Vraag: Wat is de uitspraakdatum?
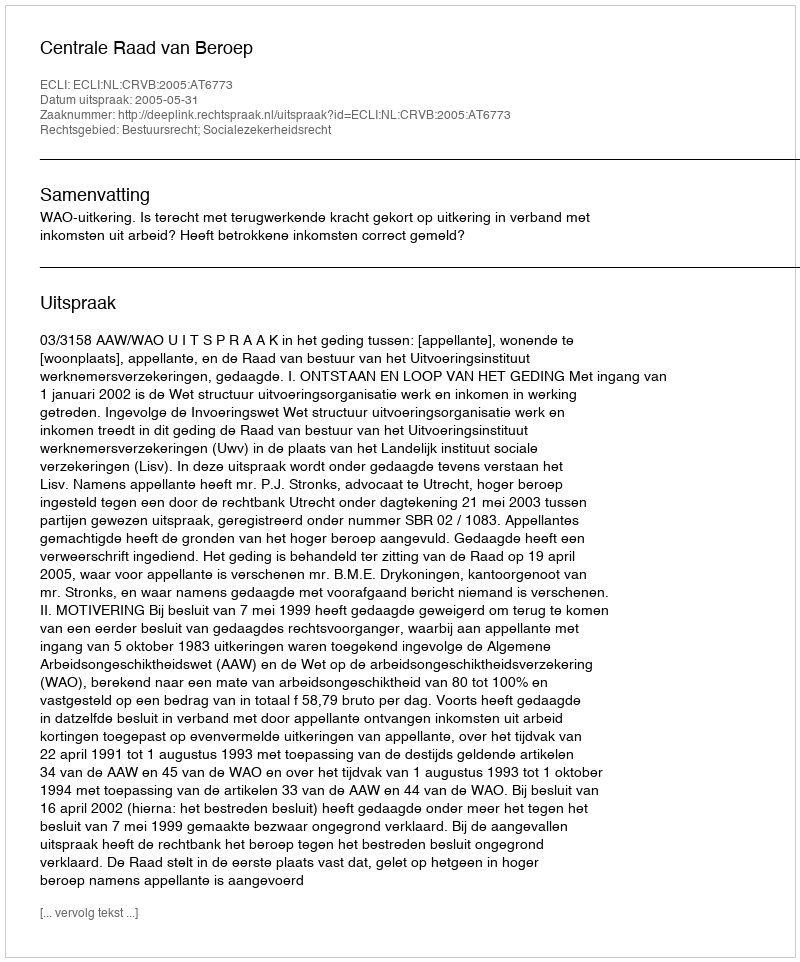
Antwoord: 2005-05-31